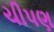
ચીપણ